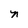
Character: n